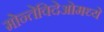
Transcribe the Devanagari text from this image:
मोन्तेविदेओमध्ये